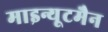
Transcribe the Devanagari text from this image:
माइन्यूटमैन